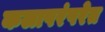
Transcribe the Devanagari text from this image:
कलापरंपरेत